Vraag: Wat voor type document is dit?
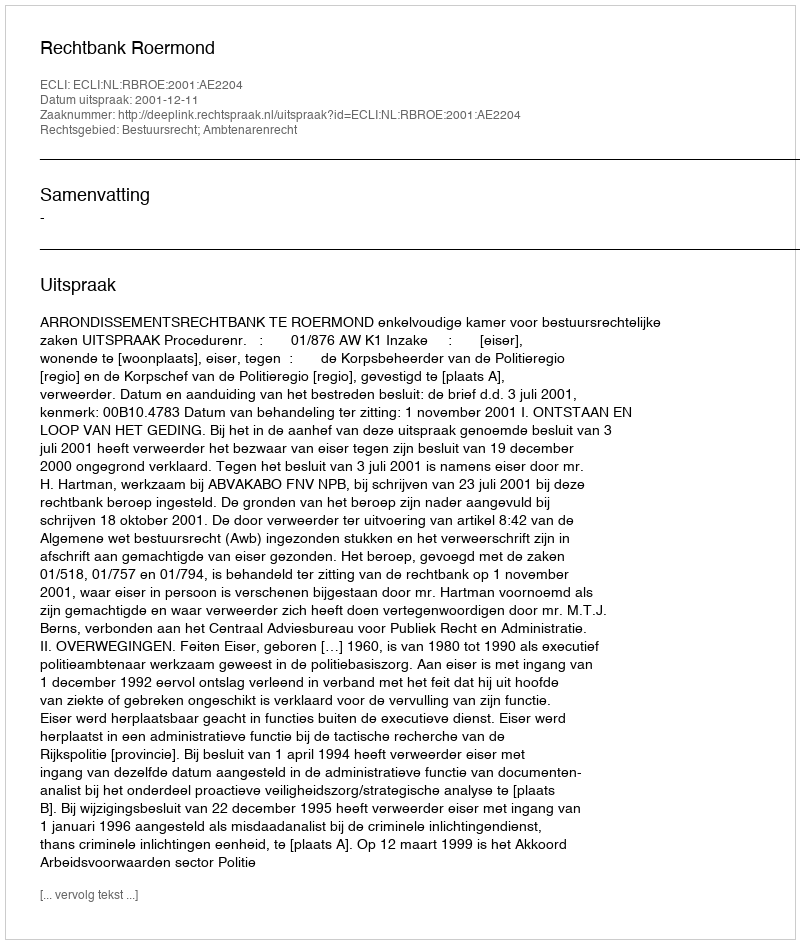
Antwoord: Uitspraak